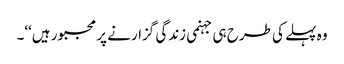
وہ پہلے کی طرح ہی جہنمی زندگی گزارنے پر مجبور ہیں‘‘۔